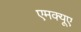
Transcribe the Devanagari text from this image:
एमक्यूए